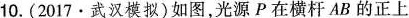
10.(2017·武汉模拟)如图，光源P在横杆AB的正上